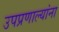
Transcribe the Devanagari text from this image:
उपप्रणाल्यांना